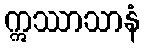
ဣဿာသာနံ